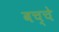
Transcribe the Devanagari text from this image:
बच्चे